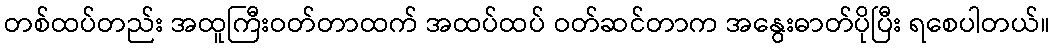
တစ်ထပ်တည်း အထူကြီးဝတ်တာထက် အထပ်ထပ် ဝတ်ဆင်တာက အနွေးဓာတ်ပိုပြီး ရစေပါတယ်။